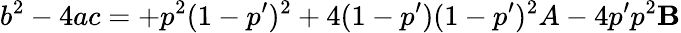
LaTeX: b^{2}-4ac=+p^{2}(1-p^{\prime})^{2}+4(1-p^{\prime})(1-p^{\prime})^{2}A-4p^{\prime}p^{2}\mathbf{B}